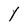
Character: Y